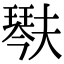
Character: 𤩍